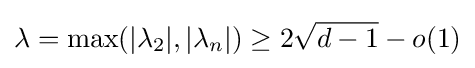
\lambda =\max(|\lambda _{2}|,|\lambda _{n}|)\geq 2{\sqrt {d-1}}-o(1)